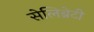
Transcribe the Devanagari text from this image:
सेलिब्रेटी